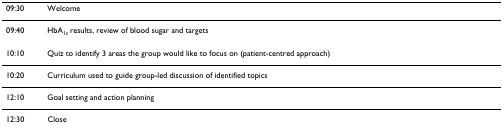
<table><thead><tr><td><b>09:30</b></td><td><b>Welcome</b></td></tr></thead><tbody><tr><td>09:40</td><td>HbA<sub>1c </sub>results, review of blood sugar and targets</td></tr><tr><td>10:10</td><td>Quiz to identify 3 areas the group would like to focus on (patient-centred approach)</td></tr><tr><td>10:20</td><td>Curriculum used to guide group-led discussion of identified topics</td></tr><tr><td>12:10</td><td>Goal setting and action planning</td></tr><tr><td>12:30</td><td>Close</td></tr></tbody></table>